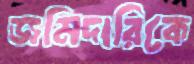
জমিদারিকে